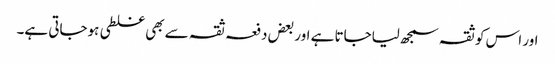
اور اس کو ثقہ سمجھ لیاجاتا ہے اور بعض دفعہ ثقہ سے بھی غلطی ہوجاتی ہے۔